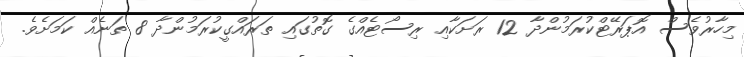
މިހާރުވެސް އޮޕަރޭޓްކުރަމުންދާ 12 ރަށަކާއި ރިސޯޓެއްގެ ގޮތުގައި ތަަރައްގީކުރަމުންދާ 8 ތަނެއް ކަމަށެވެ.